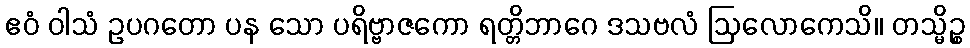
ဧဝံ ဝါသံ ဥပဂတော ပန သော ပရိဗ္ဗာဇကော ရတ္တိဘာဂေ ဒသဗလံ ဩလောကေသိ။ တသ္မိဉ္စ